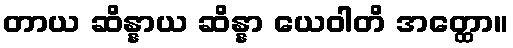
တာယ ဆိန္နာယ ဆိန္နာ ယေဝါတိ အတ္ထော။